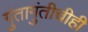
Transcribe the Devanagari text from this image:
गुंतागुंतीचीही